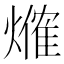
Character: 𤏥